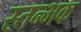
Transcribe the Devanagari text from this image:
स्तन्भक